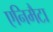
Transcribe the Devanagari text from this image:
एनिमैटा